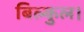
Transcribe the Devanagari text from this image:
बिल्कुल।